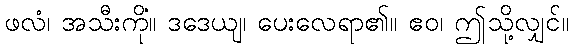
ဖလံ၊ အသီးကို။ ဒဒေယျ၊ ပေးလေရာ၏။ ဧဝံ၊ ဤသို့လျှင်။